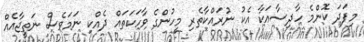
މިފަދަ ކޮންމެ ހާދިސާއަކާ އެކު ނުރައްކާތެރި މީހުންގެ ވާހަކަތައް ދެއްކި ނަމަވެސް ނަތީޖާއެއް